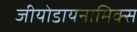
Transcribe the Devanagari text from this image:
जीयोडायनामिक्स